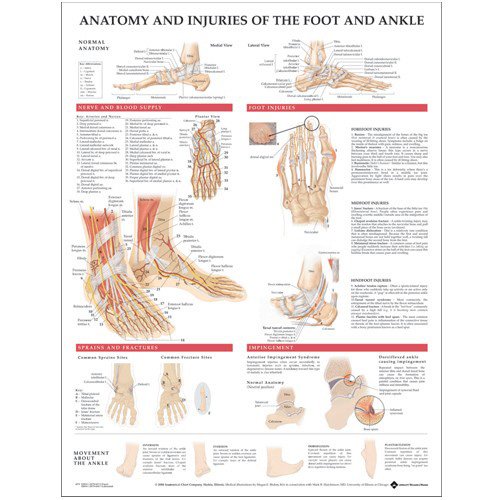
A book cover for Anatomy and Injuries of the Foot and Ankle; Anatomical Chart Company; Medical Books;